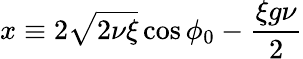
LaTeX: x\equiv 2\sqrt{2\nu\xi}\cos\phi_{0}-\frac{\xi g\nu}{2}